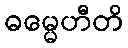
ဓမ္မေဟီတိ